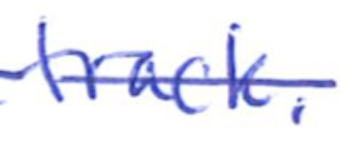
Text: track.
Cross-out: single-line
Writing tool: ballpoint